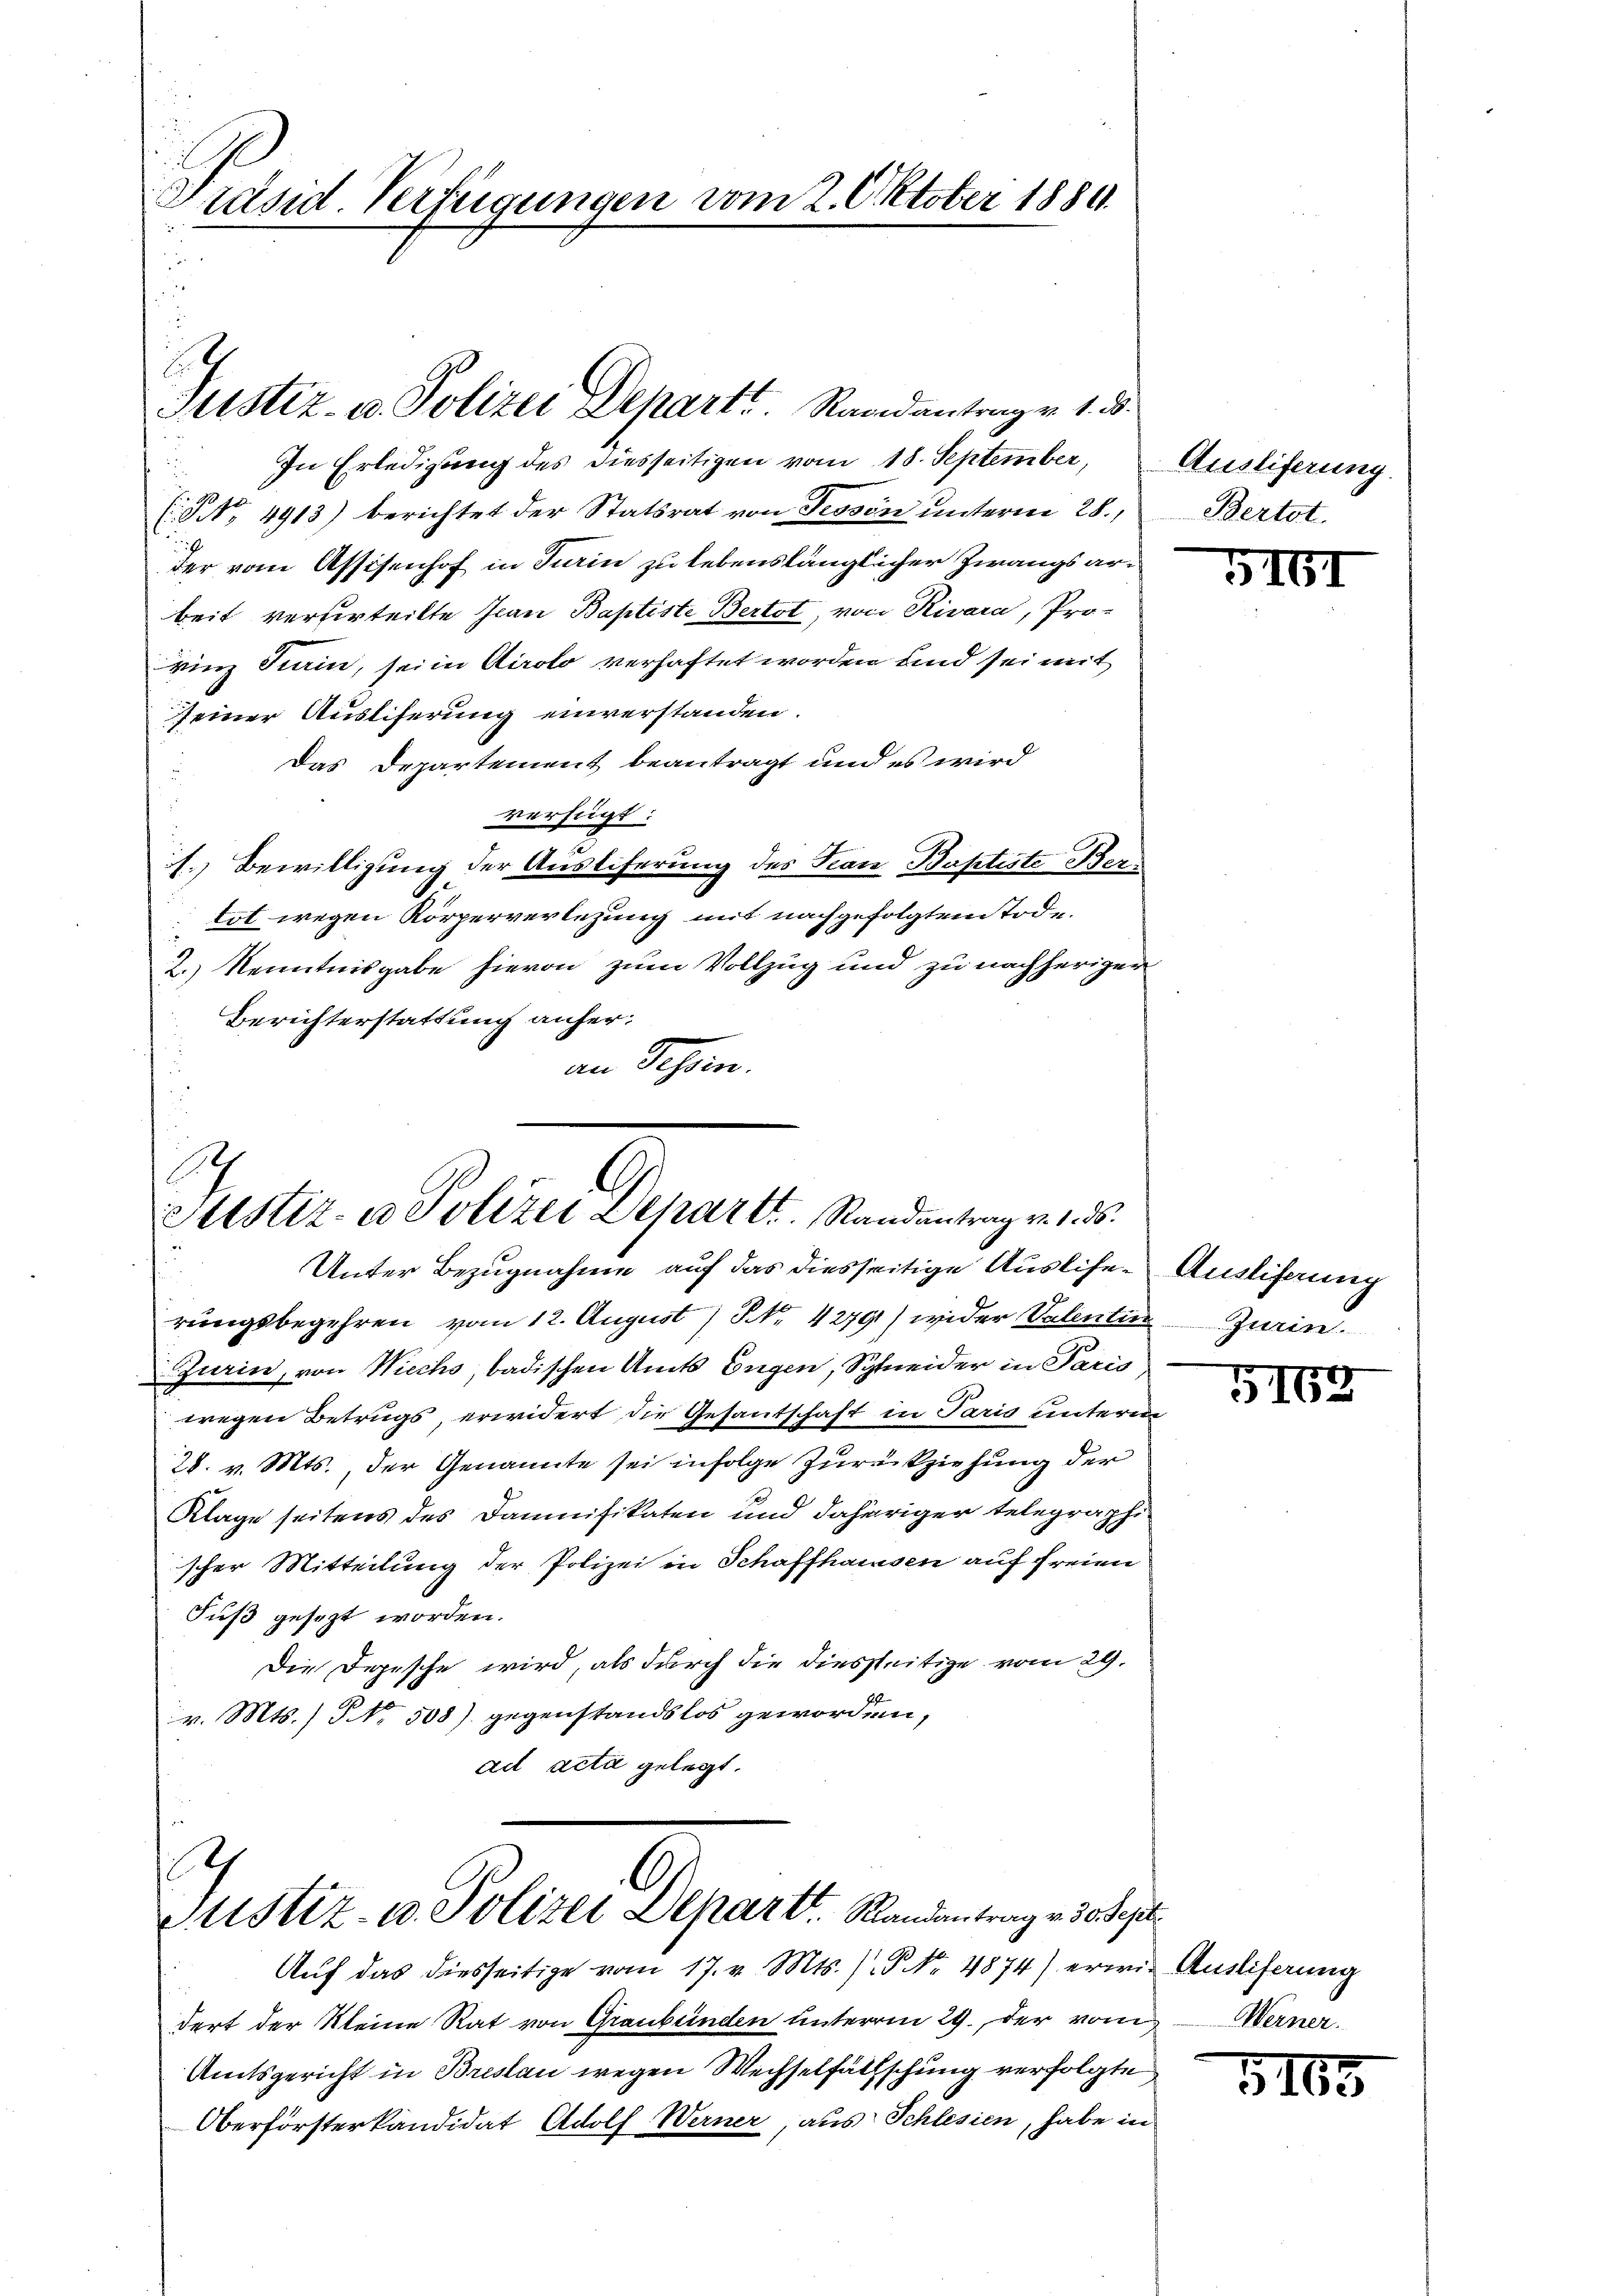
Präsid Verfügungen vom 2. Oktober 1889.

E
Justiz- u. Polizei Departt. Randantrag v. 1. 2.

Sch
Justiz- u Polizei Departt. Randantrag v. 1. ds.
Unter Bezugnahme auf das diesseitige Ausliser Ausliferung

4
Justiz- u. Polizei Depart. Randantrag v. 3. Sept

In Erledigung des diesseitigen vom 18. September,
(S NNo. 4913) berichtet der Statsrat von Tessin unterm 28.,
der vom Assisenhof in Turin zu lebenslänglicher Zwangsarbeit verferteilte Jean Baptiste Bertot, von Rivara, Pro-
Brinz Turin, sei in Airolo verhaftet worden und sei mit
seiner Ausliferung einverstanden.
Das Departement beantragt und es wird
verfügt:
1. Bewilligung der Ausliferung des San Baptiste Bertot wegen Körperverlegung mit nachgefolgtem Tode.
2.) Kenntnisgabe hievon zum Vollzug und zu nachheriger
Berichterstattung anheran Schein.

Ausliferung.
Bertat

rungsbegehren vom 12. August / NNo. 4279) wider Valentin Juris
Jurin, von Wiechs, badischen Amts Eugen, Schneider in Paris
wegen Betrugs, erwidert, die Gesantschaft in Paris unterm
28. v. Mts., der Genannte sei infolge Zurückziehung der
Klage seitens des Daunifikaten und daheriger telegraphi
scher Mitteilung der Polizei in Schaffhausen auf freien
Fuß gesezt worden.
Die Depesche wird, als durch die diesseitige vom 29.
v. Mts. / NNo. 508) gegenstandslos geworden,
ad acta gelegt.

Auf das diesseitige vom 17. v. Mts. (T No. 4874) erwie Auslieferung
dert der Kleine Rat von Graubünden unterm 29. der vom Werner
Amtsgericht in Breslau wegen Wechselfäthschung verfolgte
Oberförsterkandidat Adolf Werner, aus Schlesien, habe in

51

51

5162

1165